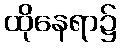
ထိုနေရာ၌